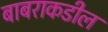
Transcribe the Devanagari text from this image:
बाबराकडील